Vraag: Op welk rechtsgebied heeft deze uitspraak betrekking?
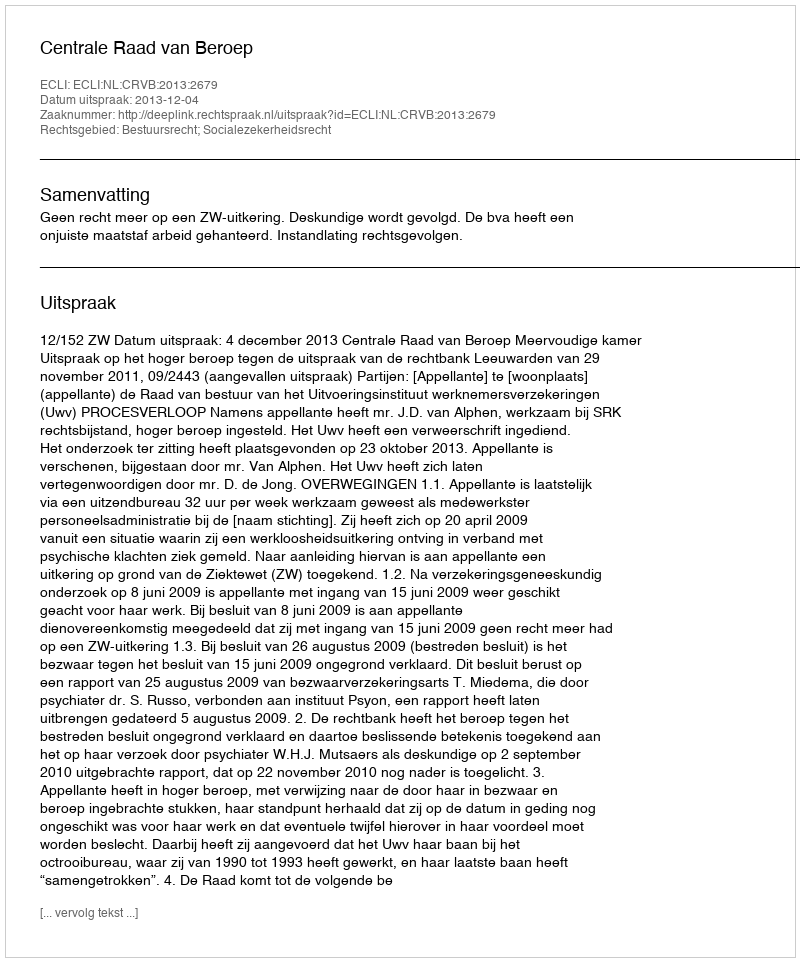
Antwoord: Bestuursrecht; Socialezekerheidsrecht